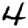
Digit: 4